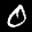
Label: 0